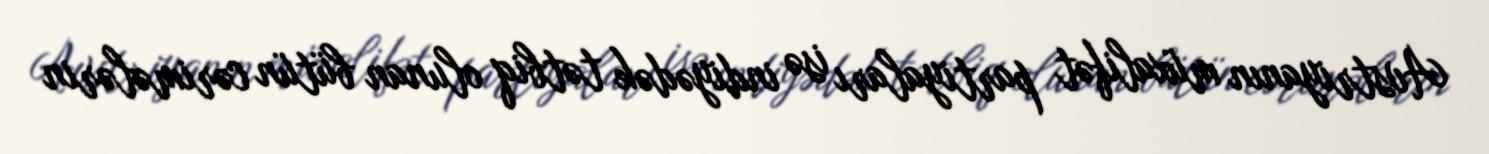
Avstriyanın müxalifət partiyaları isə indiyədək tətbiq olunan bütün cərimələrin